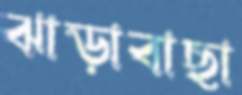
ঝাড়াবাছা